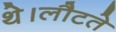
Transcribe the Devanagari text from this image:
थे।लौटते